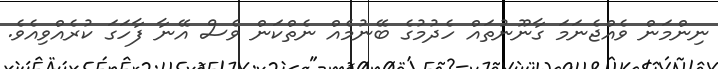
ނިންމަން ވެއްޖެނަމަ ގާނޫނުތައް ހެދުމުގެ ބޭނުމެއް ނެތްކަން ވެސް އޭނާ ފާހަގަ ކުރެއްވިއެވެ.